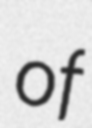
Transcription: of